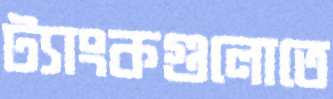
ট্যাংকগুলোতে